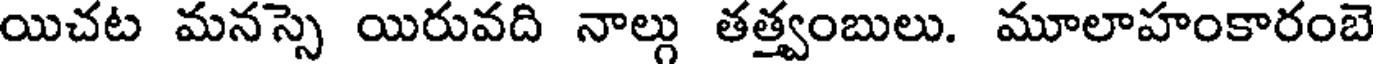
యిచట మనస్సె యిరువది నాల్గు తత్త్వంబులు. మూలాహంకారంబె